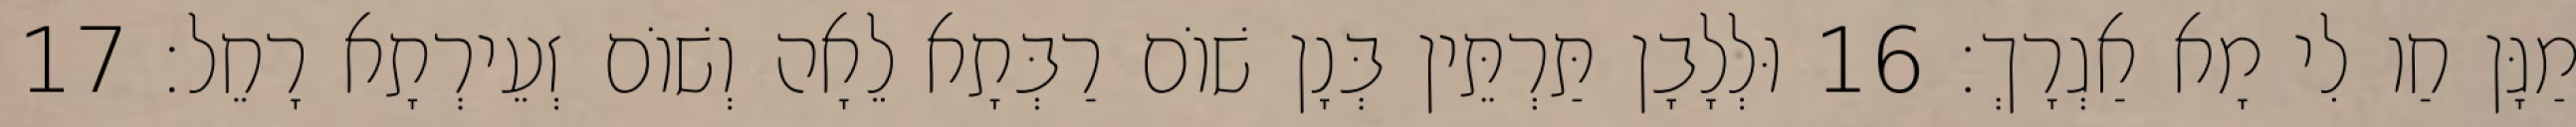
מַגָּן חַו לִי מָא אַגְרָךְ׃ 16 וּלְלָבָן תַּרְתֵּין בְּנָן שׁוֹם רַבְּתָא לֵאָה וְשׁוֹם זְעֵירְתָא רָחֵל׃ 17